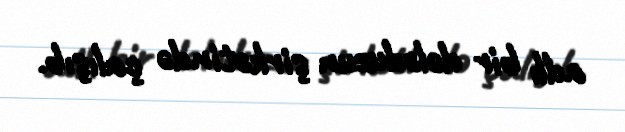
adlı bir dələduzun şirkətində çalışıb.